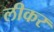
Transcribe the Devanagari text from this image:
लीकर